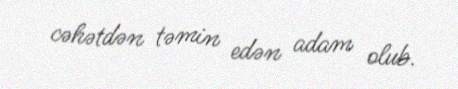
cəhətdən təmin edən adam olub.